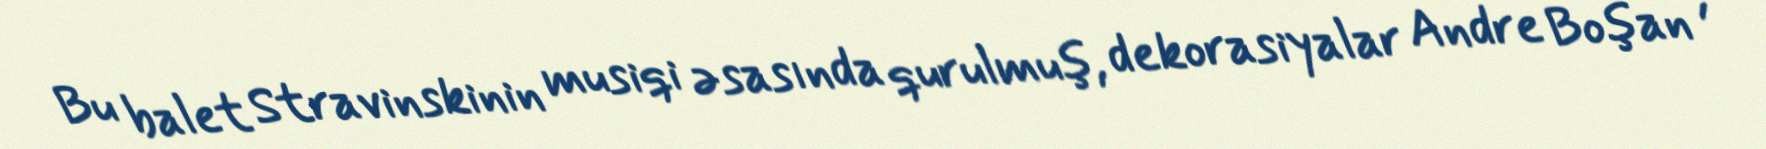
Bu balet Stravinskinin musiqi əsasında qurulmuş, dekorasiyalar Andre Boşan ,